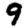
Digit: 9